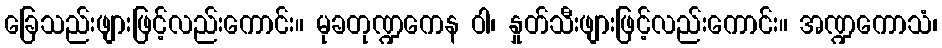
ခြေသည်းဖျားဖြင့်လည်းကောင်း။ မုခတုဏ္ဍကေန ဝါ၊ နှုတ်သီးဖျားဖြင့်လည်းကောင်း။ အဏ္ဍကောသံ၊